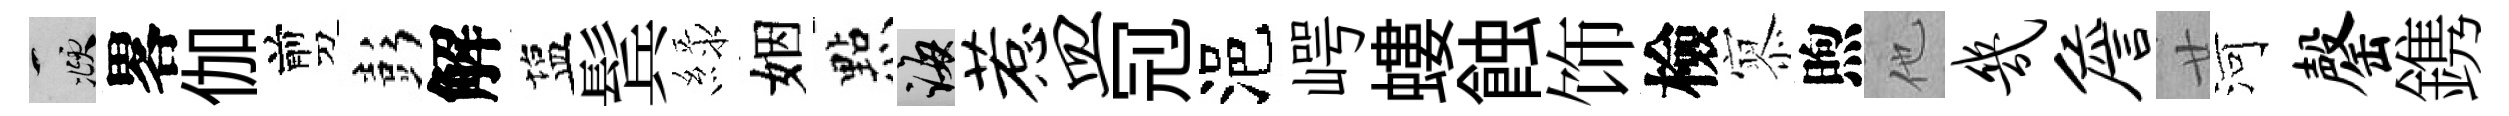
頫畧伽剪彭解塩鬂緑姻㸃誨惹皿𠜍浥崿螻蝕饰檢𡪹煦他几詹廿河罄鎸